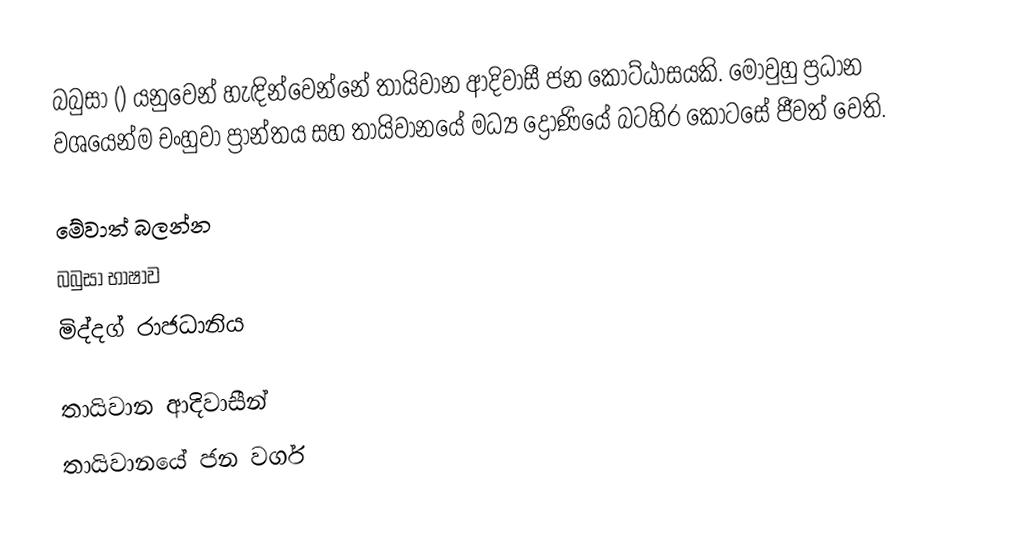
බබුසා () යනුවෙන් හැඳින්වෙන්නේ තායිවාන ආදිවාසී ජන කොට්ඨාසයකි. මොවුහු ප්‍රධාන වශයෙන්ම චංහුවා ප්‍රාන්තය සහ තායිවානයේ මධ්‍ය ද්‍රෝණියේ බටහිර කොටසේ ජීවත් වෙති.

මේවාත් බලන්න
බබුසා භාෂාව
මිද්දග් රාජධානිය

තායිවාන ආදිවාසීන්
තායිවානයේ ජන වර්ග